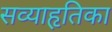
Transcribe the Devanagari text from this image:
सव्याहृतिका